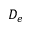
D _ { e }